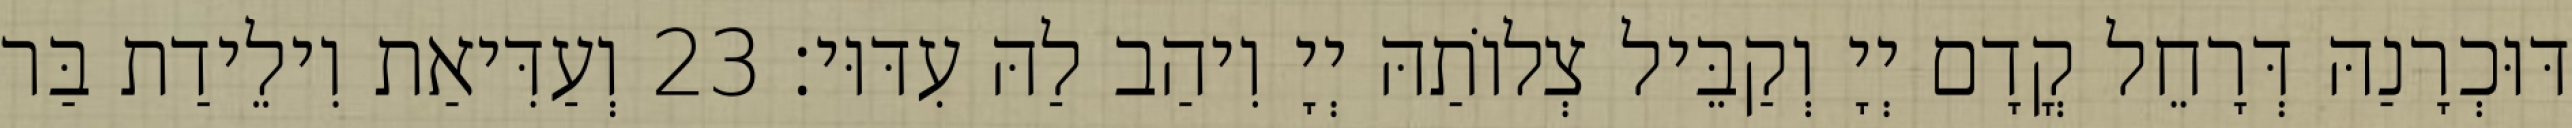
דּוּכְרָנַהּ דְּרָחֵל קֳדָם יְיָ וְקַבֵּיל צְלוֹתַהּ יְיָ וִיהַב לַהּ עִדּוּי׃ 23 וְעַדִּיאַת וִילֵידַת בַּר